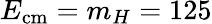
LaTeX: E_{\mathrm{{cm}}}=m_{H}=125